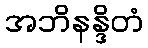
အဘိနန္ဒိတံ